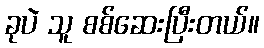
ခုပဲ သူ စစ်ဆေးပြီးတယ်။